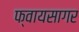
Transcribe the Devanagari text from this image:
फ्वायसागर